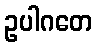
ဥပါဂတေ